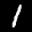
Label: 1